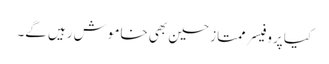
کیا پروفیسر ممتاز حسین بھی خاموش رہیں گے۔